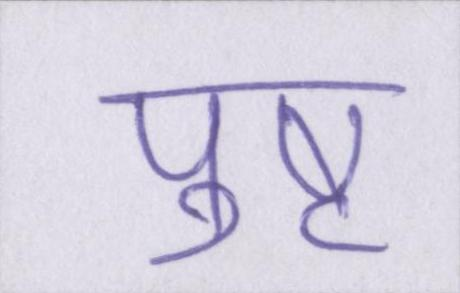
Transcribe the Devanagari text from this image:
पुष्ट